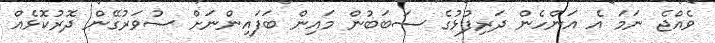
ވެއްޖެ ނަމަ އެ އަންހެން ދަރިފުޅުގެ ސަބަބުން މައިން ބަފައިންނަށް ސުވަރުގޭން ދޮރުކޮޅެއް